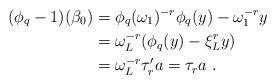
LaTeX: \begin{align*} (\phi_q-1)(\beta_0) & = \phi_q(\omega_{1})^{-r}\phi_q(y) - \omega_1^{-r}y \\ & = \omega_L^{-r}(\phi_q(y )- \xi_L^ry) \\ & = \omega_L^{-r}\tau'_r a = \tau_r a \ .\end{align*}